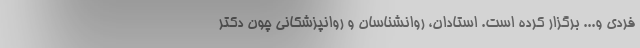
فردی و... برگزار کرده است. استادان، روانشناسان و روانپزشکانی چون دکتر